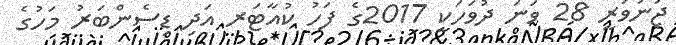
ޖަނަވަރީ 28 ވަނަ ދުވަހަކީ 2017ގެ ފަހު ކުއާޓަރ އަދި ޑިސެންބަރު މަހުގެ